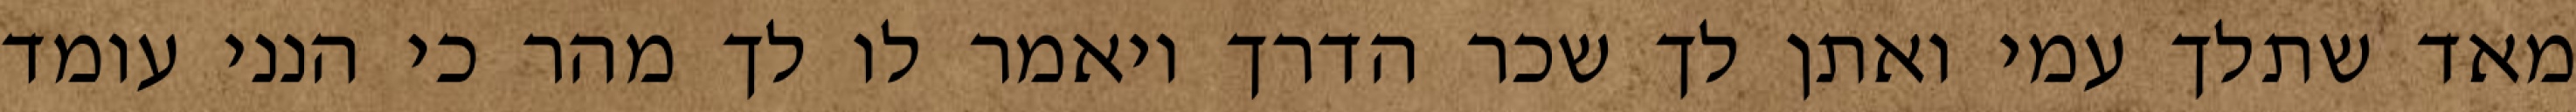
מאד שתלך עמי ואתן לך שכר הדרך ויאמר לו לך מהר כי הנני עומד